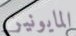
المايونيز